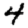
Digit: 4